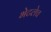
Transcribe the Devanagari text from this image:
भेटलेच